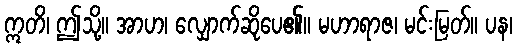
ဣတိ၊ ဤသို့။ အာဟ၊ လျှောက်ဆိုပေ၏။ မဟာရာဇ၊ မင်းမြတ်။ ပန၊